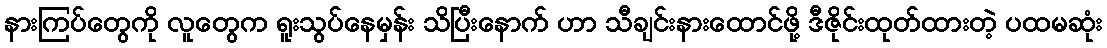
နားကြပ်တွေကို လူတွေက ရူးသွပ်နေမှန်း သိပြီးနောက် ဟာ သီချင်းနားထောင်ဖို့ ဒီဇိုင်းထုတ်ထားတဲ့ ပထမဆုံး